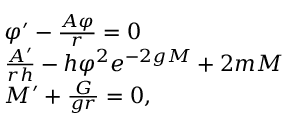
\begin{array} { l l } { { \varphi ^ { \prime } - \frac { A \varphi } { r } = 0 } } \\ { { \frac { A ^ { \prime } } { r h } - h \varphi ^ { 2 } e ^ { - 2 g M } + 2 m M } } \\ { { M ^ { \prime } + \frac { G } { g r } = 0 , } } \end{array}